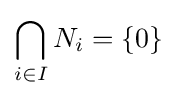
\bigcap _{i\in I}N_{i}=\{0\}